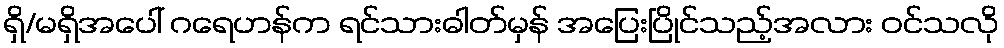
ရှိ/မရှိအပေါ် ဂရေဟန်က ရင်သားဓါတ်မှန် အပြေးပြိုင်သည့်အလား ဝင်သလို